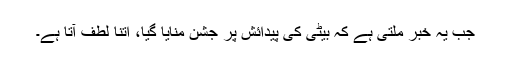
جب یہ خبر ملتی ہے کہ بیٹی کی پیدائش پر جشن منایا گیا، اتنا لطف آتا ہے۔